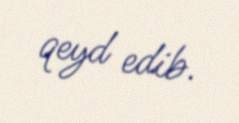
qeyd edib.